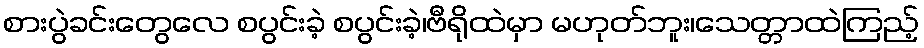
စားပွဲခင်းတွေလေ စပွင်းခဲ့ စပွင်းခဲ့၊ဗီရိုထဲမှာ မဟုတ်ဘူး၊သေတ္တာထဲကြည့်